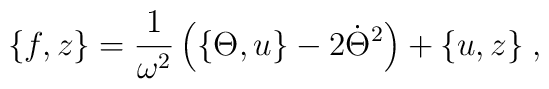
\{ f,z\} = \frac{1}{\omega^{2}} \left( \{\Theta,u\} -2\dot{\Theta}^{2}\right) + \{u,z\} \; ,